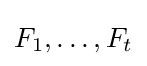
F_{1},\ldots ,F_{t}